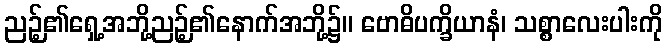
ညဉ့်၏ရှေ့အဘို့ညဉ့်၏နောက်အဘို့၌။ ဗောဓိပက္ခိယာနံ၊ သစ္စာလေးပါးကို